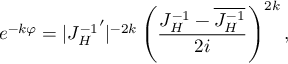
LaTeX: e ^ { - k \varphi } = | { J _ { H } ^ { - 1 } } ^ { \prime } | ^ { - 2 k } \left( { \frac { J _ { H } ^ { - 1 } - \overline { { { J _ { H } ^ { - 1 } } } } } { 2 i } } \right) ^ { 2 k } ,